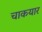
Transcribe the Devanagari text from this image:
चाकयार